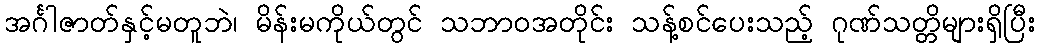
အင်္ဂါဇာတ်နှင့်မတူဘဲ၊ မိန်းမကိုယ်တွင် သဘာဝအတိုင်း သန့်စင်ပေးသည့် ဂုဏ်သတ္တိများရှိပြီး